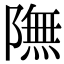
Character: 𨼊